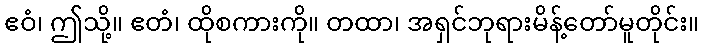
ဧဝံ၊ ဤသို့။ ဧတံ၊ ထိုစကားကို။ တထာ၊ အရှင်ဘုရားမိန့်တော်မူတိုင်း။